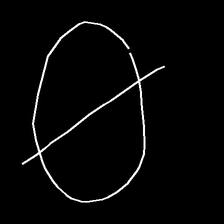
Glyph: orb